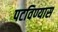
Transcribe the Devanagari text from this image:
पटविण्यास